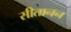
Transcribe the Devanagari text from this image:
सीतानन